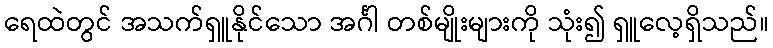
ရေထဲတွင် အသက်ရှူနိုင်သော အင်္ဂါ တစ်မျိုးများကို သုံး၍ ရှူလေ့ရှိသည်။